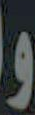
و